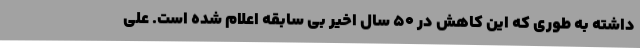
داشته به طوری که این کاهش در ۵۰ سال اخیر بی سابقه اعلام شده است. علی